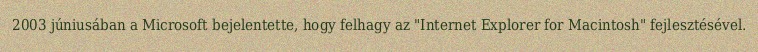
2003 júniusában a Microsoft bejelentette, hogy felhagy az "Internet Explorer for Macintosh" fejlesztésével.